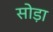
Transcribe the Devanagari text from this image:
सोड़ा